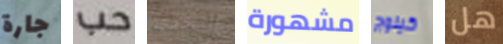
جارة حب إلتحقت مشهورة كيلوج هل